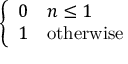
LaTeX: \left\{ { \begin{array} { l l } { 0 } & { n \leq 1 } \\ { 1 } & { { \mathrm { o t h e r w i s e } } } \end{array} } \right.